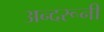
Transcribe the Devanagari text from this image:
अन्‍दरूनी